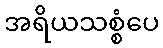
အရိယသစ္စံပေ